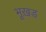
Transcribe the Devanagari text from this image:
भूख़ड